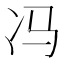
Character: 冯